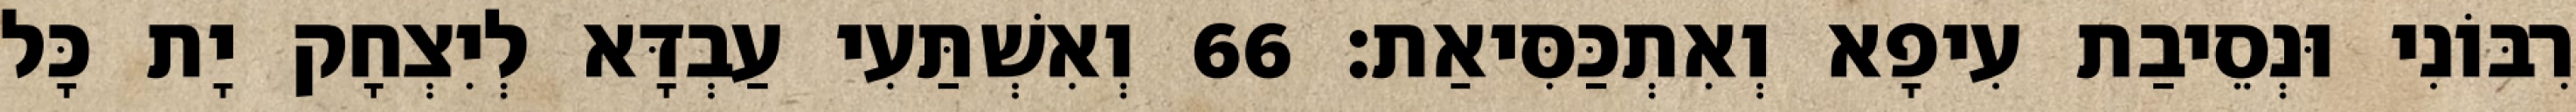
רִבּוֹנִי וּנְסֵיבַת עִיפָא וְאִתְכַּסִּיאַת׃ 66 וְאִשְׁתַּעִי עַבְדָּא לְיִצְחָק יָת כָּל